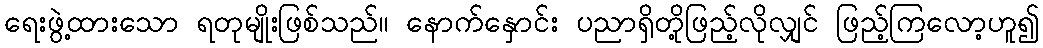
ရေးဖွဲ့ထားသော ရတုမျိုးဖြစ်သည်။ နောက်နှောင်း ပညာရှိတို့ဖြည့်လိုလျှင် ဖြည့်ကြလော့ဟူ၍